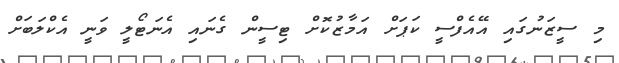
މި ސީޒަނުގައި އޭއެފްސީ ކަޕަށް އަމާޒުކޮށް ޓިސީން ގެނައި އެނަޓޯލީ ވަނީ އެކްލަބަށް